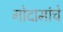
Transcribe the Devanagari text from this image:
गोदामांचे